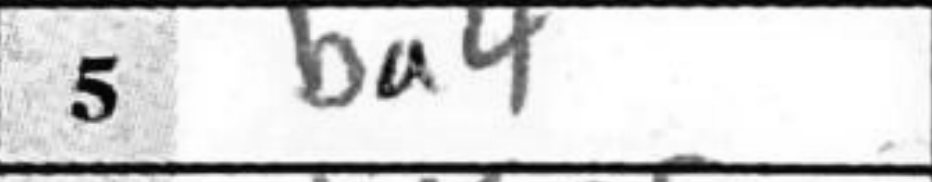
Transcription: Ba4